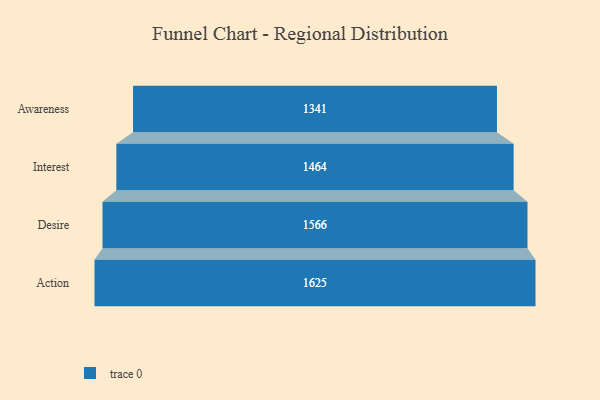
{"axis": {"x": "Stage", "y": "Value"}, "legend": [""], "data": [{"x": "Awareness", "y": 1341.0, "type": ""}, {"x": "Interest", "y": 1464.0, "type": ""}, {"x": "Desire", "y": 1566.0, "type": ""}, {"x": "Action", "y": 1625.0, "type": ""}]}